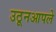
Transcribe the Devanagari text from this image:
उठूनआपले